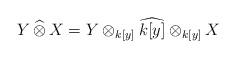
LaTeX: \begin{align*}Y \,\widehat{\otimes}\, X = Y \otimes_{k[y]} \widehat{k[y]} \otimes_{k[y]} X\end{align*}